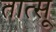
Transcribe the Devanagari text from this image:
तात्सू